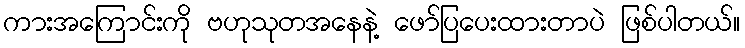
ကားအကြောင်းကို ဗဟုသုတအနေနဲ့ ဖော်ပြပေးထားတာပဲ ဖြစ်ပါတယ်။